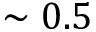
\sim 0 . 5